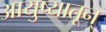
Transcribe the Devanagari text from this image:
आयुष्यातून्